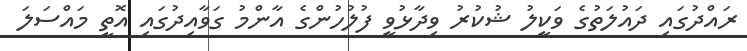
ރައްދުގައި ދައުލަތުގެ ވަކީލު ޝުކުރު ވިދާޅުވީ ފުލުހުންގެ އާންމު ގަވާއިދުގައި އޮތީ މައްސަލަ